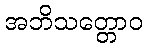
အဘိသတ္တောဝ